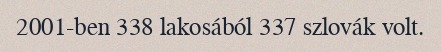
2001-ben 338 lakosából 337 szlovák volt.